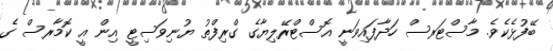
ބޭފުޅެކެވެ. މާސްޓަރސް ހަދާފައިވަނީ އޮސްޓްރޭލިޔާގެ ގްރިފްތު ޔުނިވަސިޓީ އިން އީ ކޮމާރސް ގެ